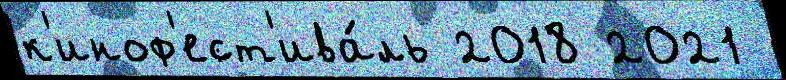
к'иноф'ест'ива́ль 2018 2021